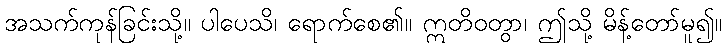
အသက်ကုန်ခြင်းသို့။ ပါပေသိ၊ ရောက်စေ၏။ ဣတိဝတွာ၊ ဤသို့ မိန့်တော်မူ၍။